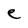
Character: e